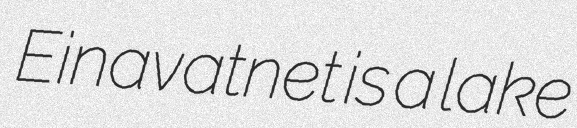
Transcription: Einavatnet is a lake